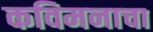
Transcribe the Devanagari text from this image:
कविमनाचा